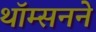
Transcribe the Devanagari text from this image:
थॉम्सनने